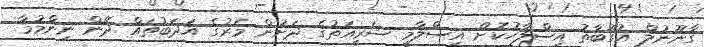
ގާނޫނުލް އުގޫބާތު އިސްލާހުކޮށް އިސްލާމީ ޝަރީއަތުގެ ދަށުން މަރުުގެ އަދަބުތައް ދޭން ނިންމުމާ